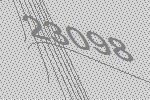
23098